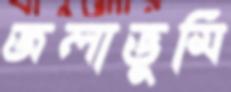
জলাভূমি